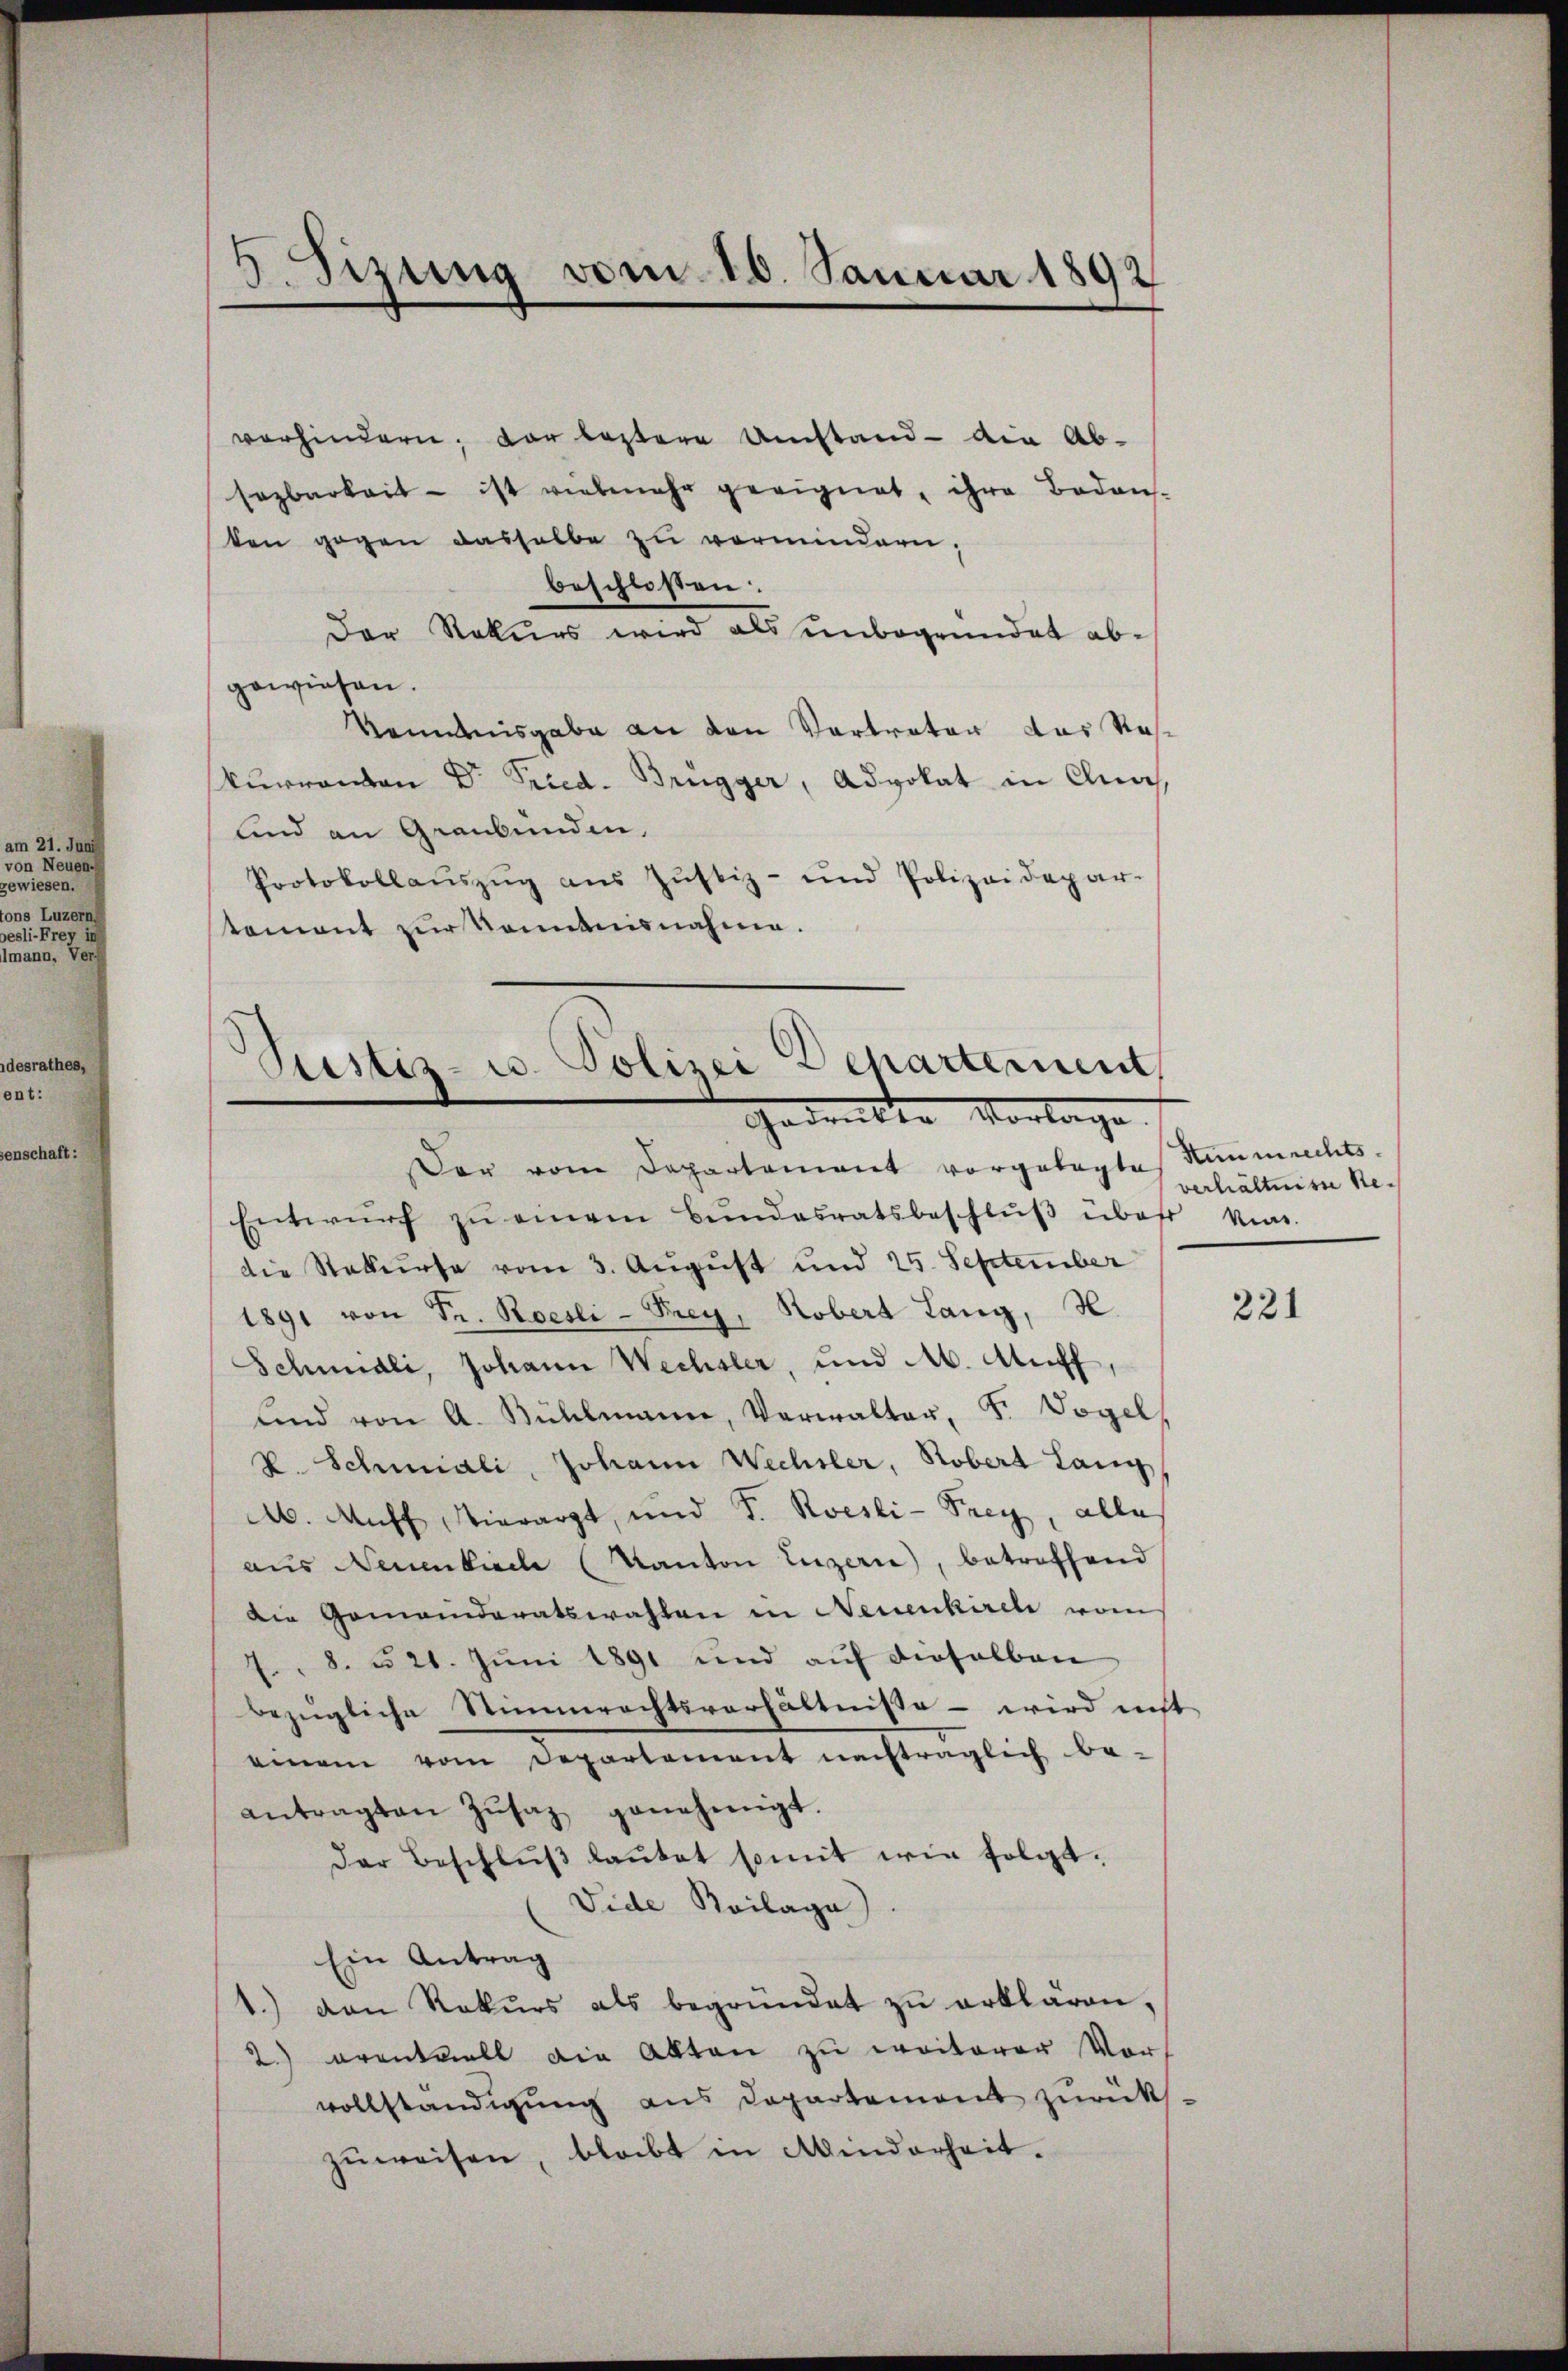
und

vorhindern; der leztere Umstand - die Ab-
sezbarkeit - ist vielmehr geeignet, ihre Bodens-
ten gegen dasselbe zu vermindern.
beschloßen:
Der Rekurs wird als unbegründet abgewiesen.
kanntesgabe an den Vertreter das Reskurrenton Dr Fried- Brügger, Advokat in Chia,
lind an Graubünden,
Protokollauszug aus Justiz- und Polizeidepar-
tement zur Kenntnisnahme.

¬
.Sizung vom 10. Januar 1892

Sistiz- u. Polizei Departement
Gedanken Vorlage

Der vom Departement vorgelegtes Himmrechts-
Entwŭrf zŭ einem Bŭndesratsbeschlŭβ über Mini-
die Stekurse vom 3. August und 25. September
1891 von Fr. Roesli - Frey, Robert Lang, H.
Schmali, Johann Wechsler, und M. Auff,
lind von A. Bühlmann, Verwalter, F. Vogel,
v. Schmidli, Johann Wechsler, Robert Lang
A. Auff Vierarzt, und S. Roesli-Trey, alle
aus Neuenkirche (Kanton Luzern, betreffend
Die Gemeinderatswahlen in Neuenkirel vom
7. 8. d. 21. Juni 1891 und auf dieselben
bezügliche Stimmrechtsverhältnisse - wird nicht
einem vom Departement nachträglich be-
antragten Zŭsaz genehmigt.
Der Beschlŭβ laŭtet somit wie folgt.
Vide Koilage
Ein Antrag
1.) den Rekŭrs als begründet zŭ erklären,
2.) erentvoll die Akten zu weiterer Vors
vollständigung aus Departement zurückszŭweisen, bleibt in Minderheit.

verhältnisse Re¬

221